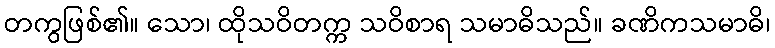
တကွဖြစ်၏။ သော၊ ထိုသဝိတက္က သဝိစာရ သမာဓိသည်။ ခဏိကသမာဓိ၊